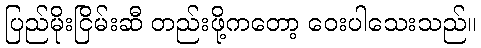
ပြည်မိုးငြိမ်းဆီ တည်းဖို့ကတော့ ဝေးပါသေးသည်။